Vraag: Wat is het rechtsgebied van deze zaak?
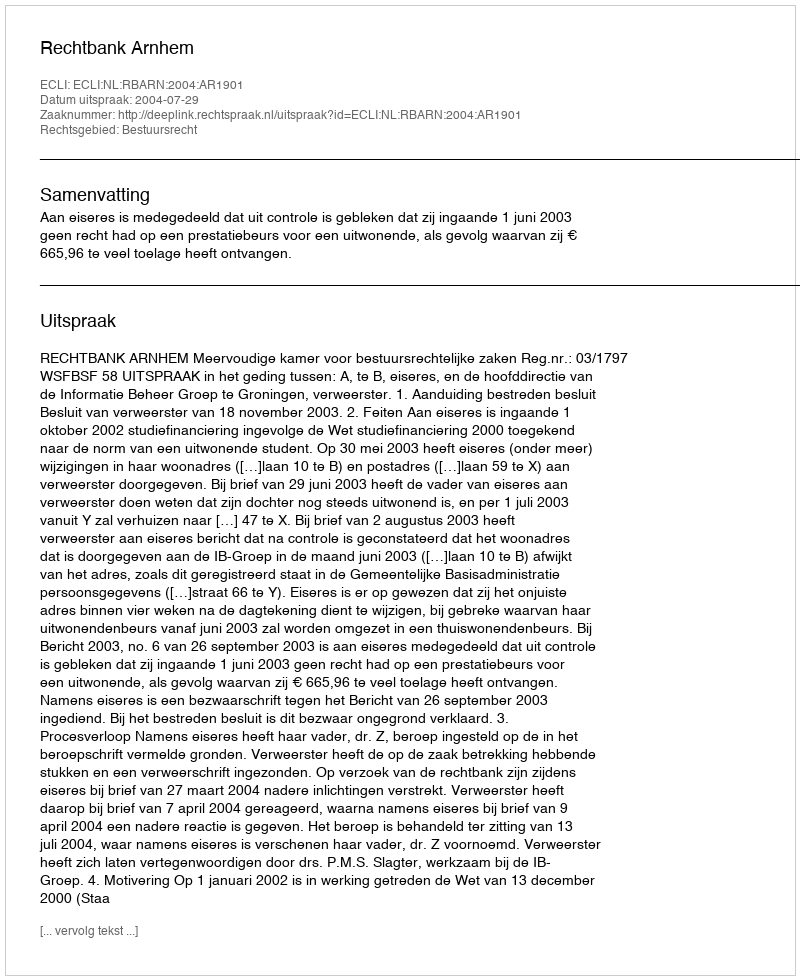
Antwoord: Bestuursrecht